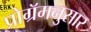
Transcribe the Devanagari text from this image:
प्रोग्रॅमनुसार